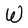
Character: W